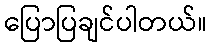
ပြောပြချင်ပါတယ်။